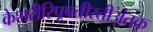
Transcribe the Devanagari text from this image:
केशरीरिपूपतीरतीअंतक